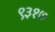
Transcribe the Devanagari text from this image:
९३१७